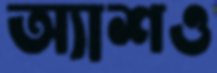
অ্যাশও